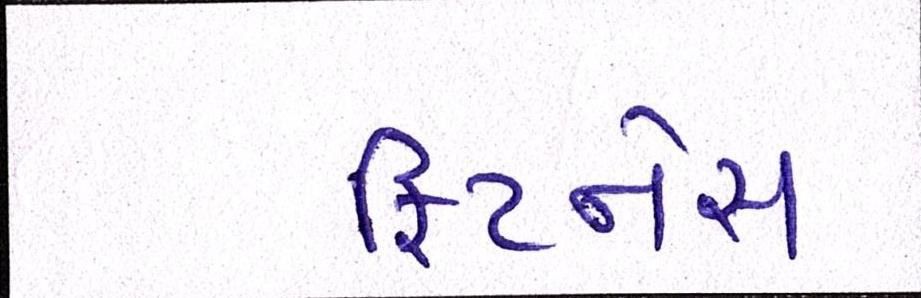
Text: ફિટનેસ